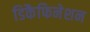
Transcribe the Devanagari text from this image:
डिकैफिनेशन